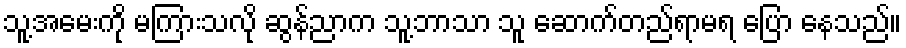
သူ့အမေးကို မကြားသလို ဆွန်ညာက သူ့ဘာသာ သူ ဆောက်တည်ရာမရ ပြော နေသည်။